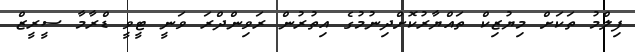
ފިލްމު ތަކަށް މިޔުޒިކް ތައްޔާރުކޮށްދިނުމުގެ އިތުރުން ރަވިންދްރަ ވަނީ ޓީވީ ޑްރާމާ ސީރީޒް